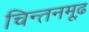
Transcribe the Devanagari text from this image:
चिन्तनमूढ़